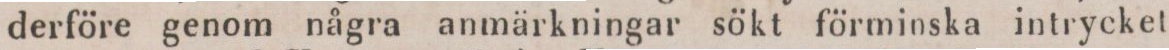
derföre genom några anmärkningar sökt förminska intrycket